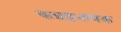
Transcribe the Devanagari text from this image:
कन्नडभाषक